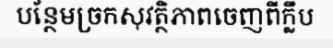
បន្ថែមច្រកសុវត្ថិភាពចេញពីក្លឹប